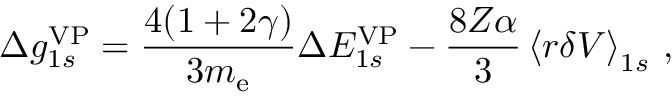
\Delta { g } _ { 1 s } ^ { \mathrm { V P } } = \frac { 4 ( 1 + 2 \gamma ) } { 3 m _ { \mathrm { e } } } \Delta { E } _ { 1 s } ^ { \mathrm { V P } } - \frac { 8 Z \alpha } { 3 } \left\langle r \delta V \right\rangle _ { 1 s } \, ,